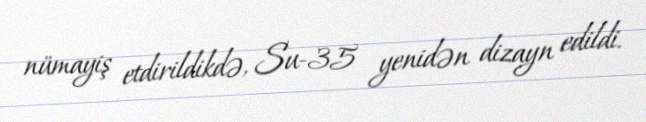
nümayiş etdirildikdə, Su-35 yenidən dizayn edildi.